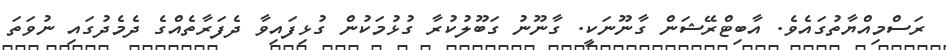
ރަސްމިއްޔާތުގައެވެ. އާބިޓްރޭޝަން ގާނޫނަކީ. ގާނޫނު ގަބޫލުކުރާ ގުޅުމަކުން ގުޅިފައިވާ ދެފަރާތެއްގެ ދެމެދުގައި ނުވަތަ